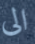
الى